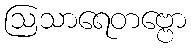
ဩသာရေတဗ္ဗော